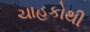
ચાહકોથી